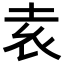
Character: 𡊮